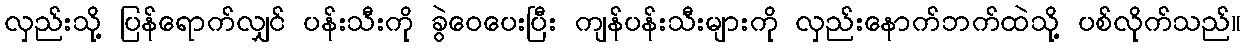
လှည်းသို့ ပြန်ရောက်လျှင် ပန်းသီးကို ခွဲဝေပေးပြီး ကျန်ပန်းသီးများကို လှည်းနောက်ဘက်ထဲသို့ ပစ်လိုက်သည်။